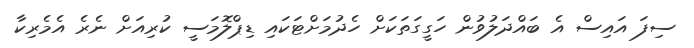
ސިފަ އައިސް އެ ބައްދަލުވުން ހަގީގަތަކަށް ހެދުމަށްޓަކައި ޑިޕްލޮމަސީ ކުރިއަށް ނެރެ އެމެރިކާ